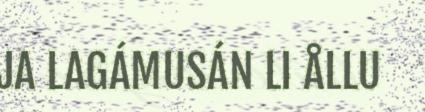
JA LAGÁMUSÁN LI ÅLLU